Calcutta medical institutions reports 1879-81 [i.e.91]
Year: 1879
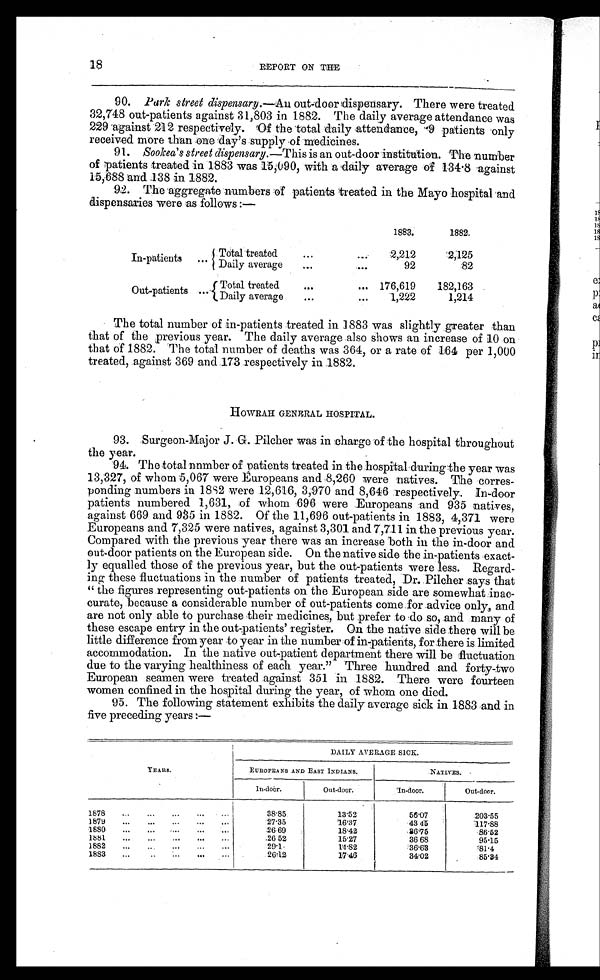
18
REPORT ON THE
90. Park street dispensary.—An out-door dispensary. There were treated
32,748 out-patients against 31,803 in 1882. The daily average attendance was
229 against 212 respectively. Of the total daily attendance, 9 patients only
received more than one day’s supply of medicines.
91. Sookea’ s s t r eet cl i s pens ar y. —T h i s
i s a n o u t - d o o r i n s t i t u t i o n . T h e n u m b e r
of patients treated in 1883 was 15,090, with a daily average of 134.8 against
15,688 and 138 in 1882.
92. The aggregate numbers of patients treated in the Mayo hospital and
dispensaries were as follows:—
1883. 1882.
In-patients ... Total treated
...
...
2,212 2;125
Daily average
...
...
92
82
Out-patients
Total treated
...
... 176,619
182,163
Daily average
...
...
1,222
1,214
The total number of in-patients treated in 1883 was slightly greater than
that of the previous year. The daily average also shows an increase of 10 on
that of 1882. The total number of deaths was 364, or a rate of 164 per 1,000
treated, against 369 and 173 respectively in 1882.
HOWRAH GENERAL HOSPITAL.
93. Surgeon-Major J. G. Pilcher was in charge of the hospital throughout
the year.
94. The total number of patients treated in the:hospital duringthe year was
13,327, of whom 5,067 were Europeans and 8,260 were natives. The corres-
ponding numbers in 1882 were 12,616, 3,970 and 8,646 :respectively. In-door
patients numbered 1,631, of whom 696 were Europeans and 935 natives,
against 669 and 985 in 1882. Of the 11,696 out-patients in 1883, 4,371 were
Europeans and 7,325 were natives, against 3,301 and 7,711 in the previous year.
Compared with the previous year there was an increase both in the in-door and
out-door patients on the European side. On the native side the in-patients exact-
ly equalled those of the previous year, but the out-patients were less. Regard-
ing these fluctuations in the number of patients treated, Dr..Pilcher says that
"the figures representing out-patients on the European side are somewhat inac-
curate, because a considerable number of out-patients come for advice only, and
are not only able to purchase their medicines, but prefer to do so, and many of
these escape entry in the out-patients’ register. On the native side there will be
little difference from year to year in the number of in-patients, for there is limited
accommodation. In the native out-patient department there will be fluctuation
due to the varying healthiness of each year." Three hundred and forty-two
European seamen were treated against 351 in 1882. There were fourteen
women confined in the hospital during the year, of whom one died.
95. The following statement exhibits the daily average sick in 1883 and in
five preceding years:—
YEARS.
DAILY AVERAGE SICK.
EUROPEANS AND EAST INDIANS.
NATIVES.
In-door.
Out-door.
In-door.
Out-door.
1878... ....
38.85
13.52
56.07
203.55
1879.... .... ....
27.35
16.37
43.45
117.88
1880
...
...
• ...
...
...
26.69
18.42
86.75
86.52
1881... ...
26.52
15.27
36.68
95.15
1882
...
. . . .... ...
29.1
14.82
36.63
81.4
1883
...
..
...
...
...
26.12
17.46
34.02
85.34